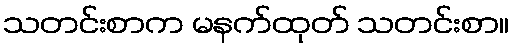
သတင်းစာက မနက်ထုတ် သတင်းစာ။